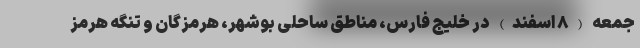
جمعه (۸ اسفند) در خلیج فارس، مناطق ساحلی بوشهر، هرمزگان و تنگه هرمز